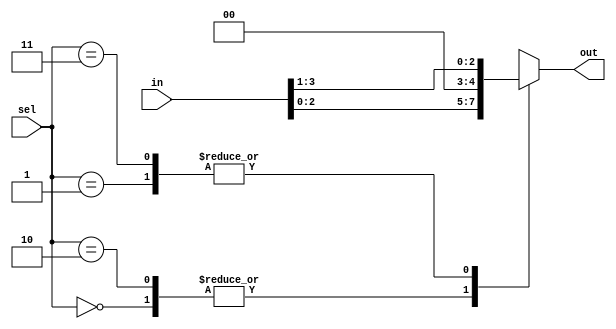
module Shift_Operators( in, sel,out);
 input [3:0] in; 
 input [1:0] sel;
 output reg [3:0] out; 
 wire [3:0] in; 
 wire [1:0] sel; 
 
 always @(in or sel)
 begin 
 case (sel) 
   2'b00 : out = in <<1 ; //Logical left shift 
   2'b01 : out = in >>1 ; //Logical left shift 
   2'b10 : out = in <<<1 ; //Arithematic Left Shift 
   2'b11 : out = in >>>1 ; //Arithematic right shift
  default : out = 4'b0000; 
  endcase 
  end 
endmodule